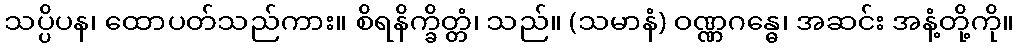
သပ္ပိပန၊ ထောပတ်သည်ကား။ စိရနိက္ခိတ္တံ၊ သည်။ (သမာနံ) ဝဏ္ဏဂန္ဓေ၊ အဆင်း အနံ့တို့ကို။